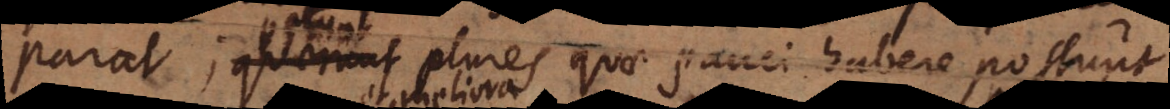
parat. Quaerunt plures quae pauci habere possunt,